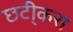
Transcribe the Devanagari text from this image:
छटी्करा